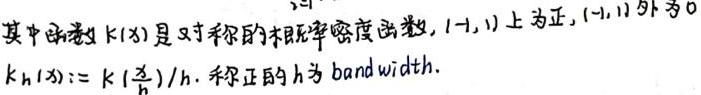
其中函数 $k(x)$ 是对称的核概率密度函数, $(-1,1)$ 上为正, $(-1,1)$ 外为 $0$.
$k_h(x):=k(\frac{x}{h})/h$. 称正的 $h$ 为 $\text{bandwidth}$.